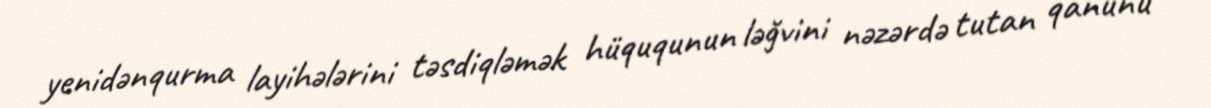
yenidənqurma layihələrini təsdiqləmək hüququnun ləğvini nəzərdə tutan qanunu